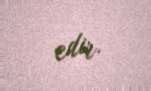
edir.